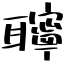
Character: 聹